Scottish Certificate of Education, 1963
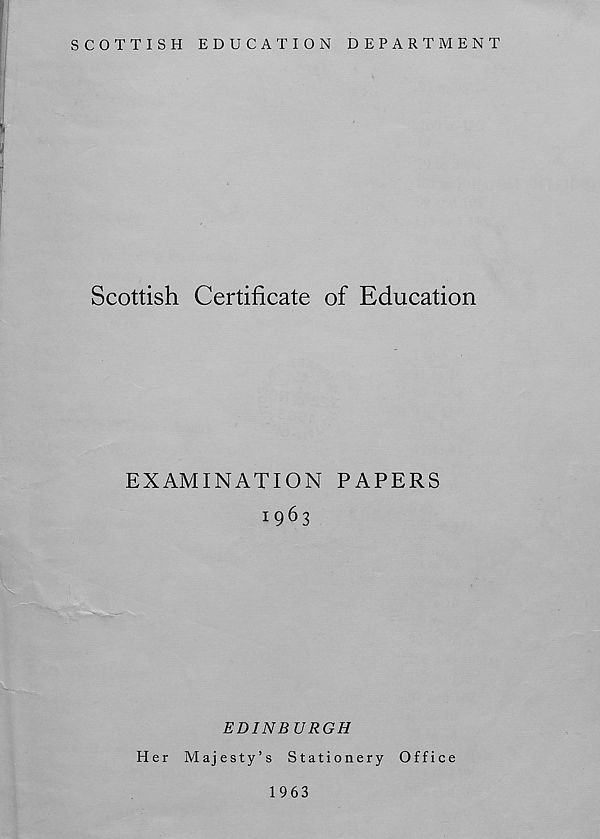
SCOTTISH EDUCATION DEPARTMENT
Scottish Certificate of Education
EXAMINATION PAPERS
1963
EDINBURGH
Her Majesty’s Stationery Office
1963